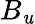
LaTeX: B_{\mathit{u}}